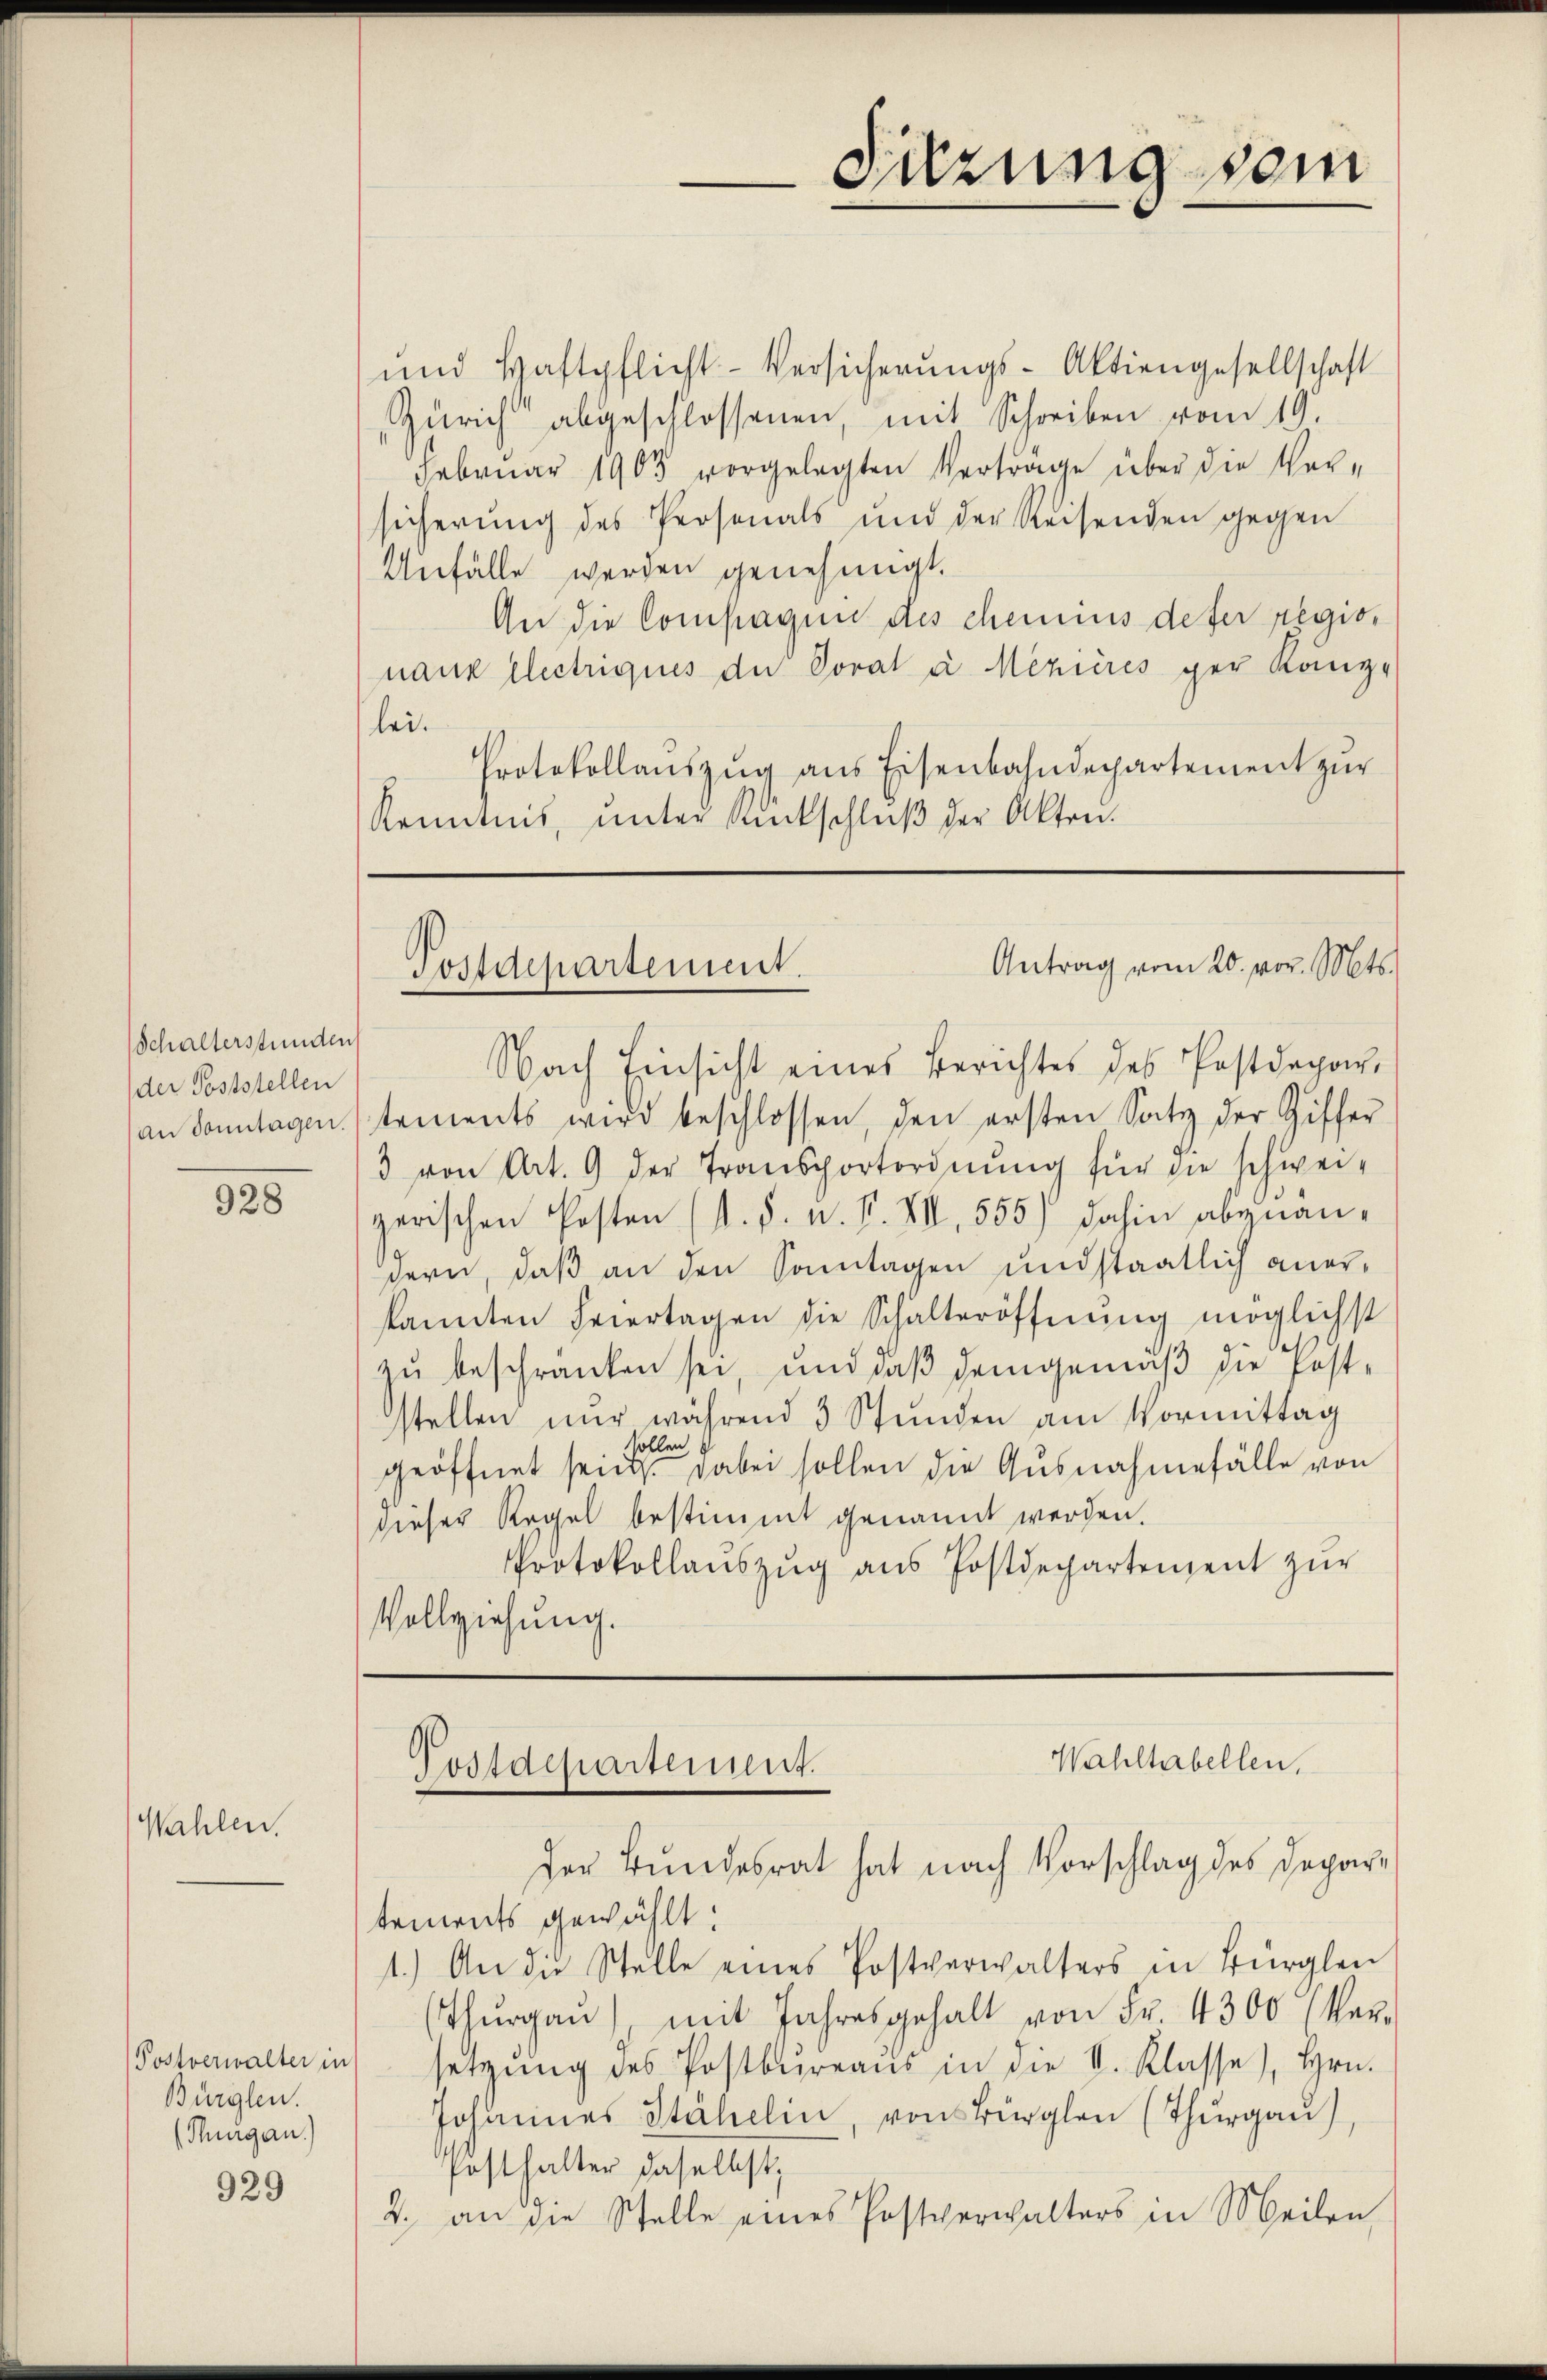
Schalterstunden
der Poststellen
an Sonntagen.

928

Wahlen.

Postverwalter in
Bürglen.
(Thurgan.)

929

und Haftpflicht-Versicherŭngs-Aktiengesellschaft
Zürich abgeschlossenen, mit Schreiben vom 19.
Februar 1903 vorgelegten Vertrage über die Versicherung des Personals und der Reisenden gegen
Unfälle werden genehmigt.
An die Compagen des chemnis defer regisnanz electriques de Voral à Mezières ger Kanz-
lei.
Protokollaŭszŭg ans Eisenbahndepartement zŭr
Romanis, ŭnter Rückschlŭβ der Akten.

Suzung sein

Antrag vom 20. vor. Mts.
Postdepartement.

Nach Einsicht eines Berichtes des Postdepar
tements wird beschlossen, den ersten Satz der Giffer
3 von Art. 9 der Transportordnŭng für die schwei-
zerischen Posten (s. S. n. F. VII, 555) dahin abzuän-
dern, daß an den Sonntagen und staatlich anerkannten Feiertagen die Schalteröffnŭng möglichst
zu beschranken sei, und daß demgemäß die Post-
stellen nŭr während 3 Stunden am Vormittag
sollen
geöffnet sein. dabei sollen die Ausnahmefälle von
dieser Regel bestimmt genannt werden.
Protokollaŭszŭg aŭs Postdepartement zŭr
Vollziehung.

Wahltabellen,
Postdepartement.
Der Bundesrat hat nach Vorschlag des Depar¬

tements gewählt:
1.) An die Stelle eines Postverwalters in Bürglen
Thŭrgaŭ), mit Jahresgehalt von Fr. 4300 (Ver-
setzŭng des Postbureaus in die I. Klasse), Hrn.
Johannes Stähelin, von Bürglen (Thurgau)
Posthalter daselbst,
2. an die Stelle eines Postverwalters in Meilen,